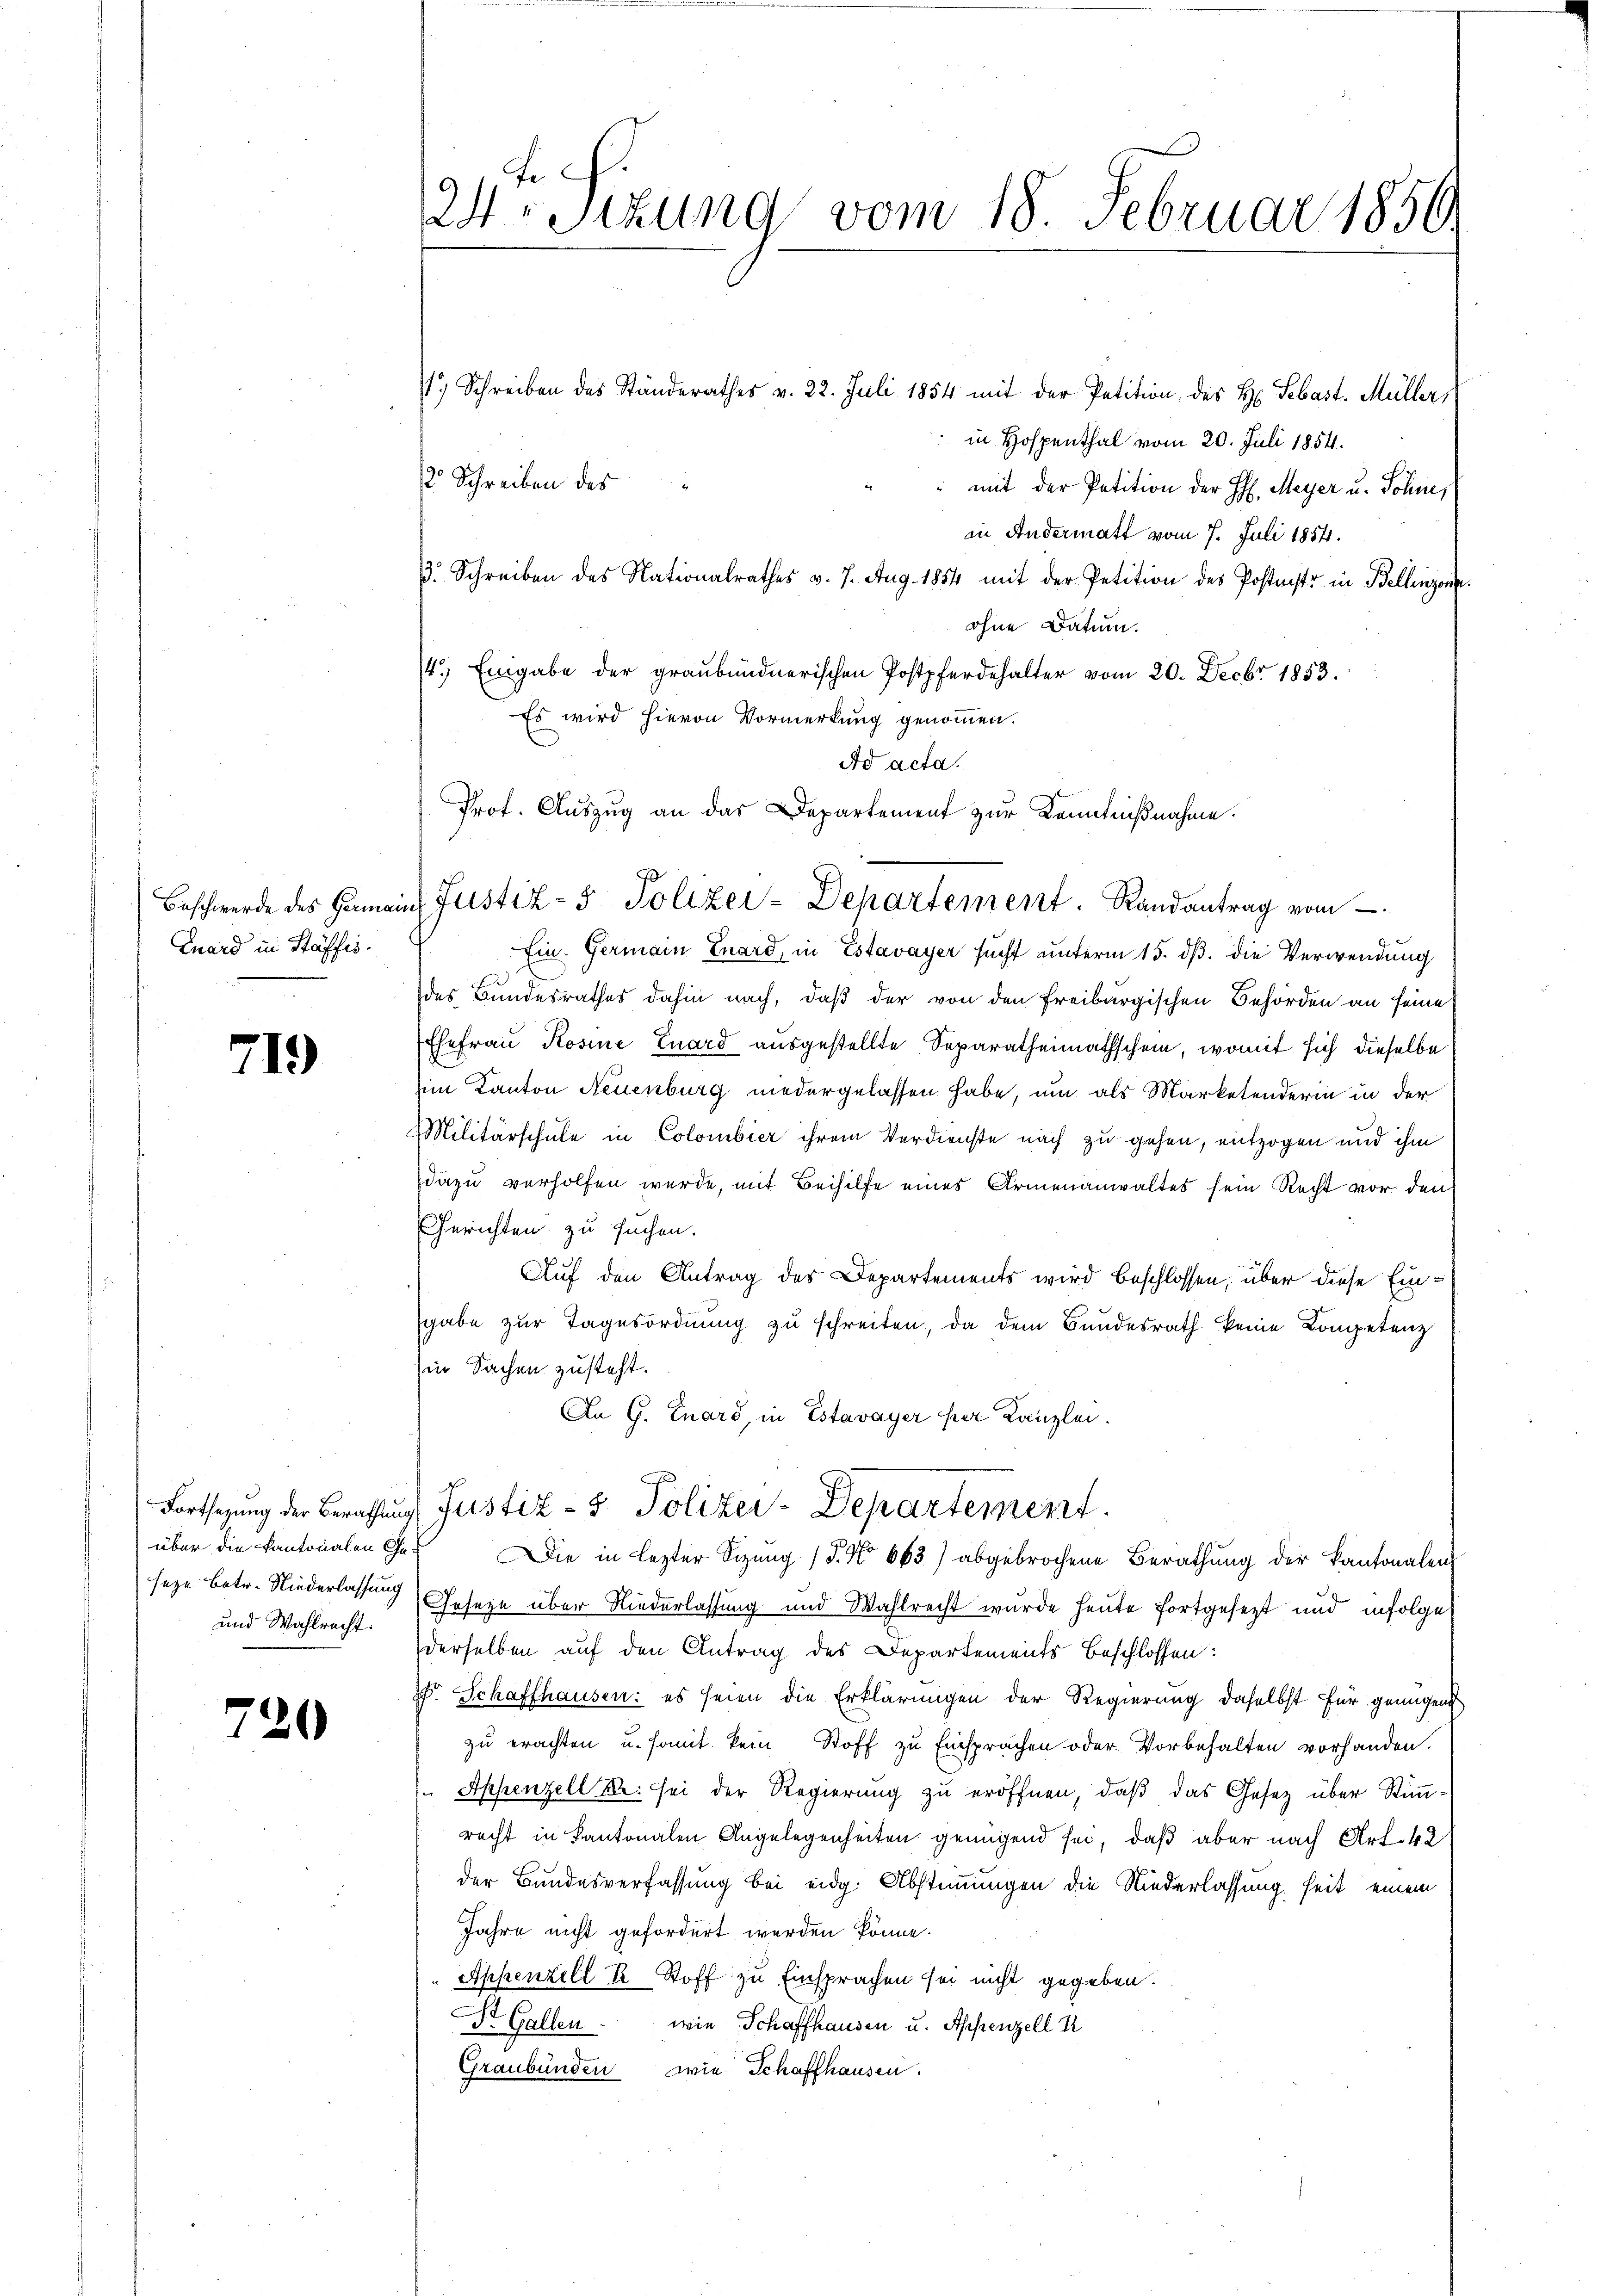
24. Sizung vom 18. Februar 1859.

1.) Schreiben des Ständerathes v. 22. Juli 1854 mit der Petition, des H. Sebast. Müller,
in Hospenthal vom 20. Juli 1854.
12 Schreiben des
mit der Petition der H. Meyer u. Söhne,
in Andermatt vom 7. Juli 1854.
3. Schreiben des Nationalrathes v. 7. Aug. 1854 mit der Petition des Postants in Bellingen.
ohne Datum.
14.) Eingabe der graubündnerischen Postpferdehalter vom 20. Decbr 1853.
Es wird hievon Vormerkung genommen.
Ad acta.
Prof. Auszug an das Departement zur Kenntnißnahme.

in Justiz- & Polizei-Departement. Randantrag vom

Ein. Germain Inard, in Estavayer sucht unterm 15. ds. die Verwendung
des Bundesrathes dahin nach, daß der von den Freiburgischen Behörden an seine
Ehefrau Rosine Euard ausgestellte Separatheimathschein, womit sich dieselbe
im Kanton Neuenburg niedergelassen habe, um als Marketenderin in der
Militärschule in Colombier ihrem Verdienste nach zu gehen, entzogen und ihm
dazu verholfen wurde, mit Beihilfe eines Armenanwaltes sein Recht vor den
Gerichten zu suchen.
Auf den Antrag des Departements wird beschlossen, über diese Einsgabe zur Tagesordnung zu schreiten, da dem Bundesrath keine Kompetenz
in Sachen zusteht.
An G. Enard, in Estavayer per Kanzlei.
Die in lezter Sizung 13. No 663) abgebrochene Berathung der Kantonalen
Geseze über Niederlassung und Wahlrecht wurde heute fortgesetzt und infolge
derselben auf den Antrag des Departements Beschlossen:
. Schaffhausen: es seien die Erklärungen der Regierung daselbst für genügend
zu erachten u. somit kein Stoff zu Einsprachen oder Vorbehalten vorhanden.
Appenzell u. sei der Regierŭng zŭ eröffnen, daβ das Gesetz über Stimrecht in Kantonalen Angelegenheiten genügend sei, daß aber nach Art. 42
der Bundesverfassung bei eidg. Abstimmungen die Niederlassung seit einem
Jahre nicht gefordert werden könne.
Appenzell I. Stoff zu Einsprachen sei nicht gegeben.
Dr. Gallen. wie Schaffhausen u. Appenzell R
Graubünden wie Schaffhausen.

Beschwerde des Germai
Euard in Stäffis.

719)

Fortsezung der Berathung Justiz- & Polizei-Departement

über die kantonalen Geseze Betr. Niederlassung
und Wahlrecht.

2

7